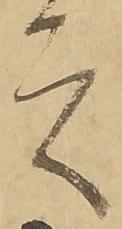
之